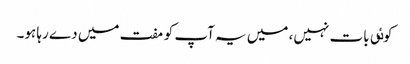
کوٸی بات نہیں، میں یہ آپ کو مفت میں دے رہا ہو۔